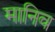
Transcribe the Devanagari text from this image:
मानिव